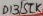
Text: D1315